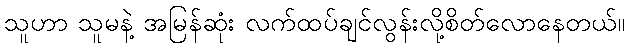
သူဟာ သူမနဲ့ အမြန်ဆုံး လက်ထပ်ချင်လွန်းလို့စိတ်လောနေတယ်။